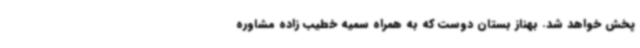
پخش خواهد شد. بهناز بستان دوست که به همراه سمیه خطیب زاده مشاوره